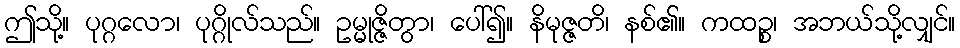
ဤသို့။ ပုဂ္ဂလော၊ ပုဂ္ဂိုလ်သည်။ ဥမ္မုဇ္ဇိတွာ၊ ပေါ်၍။ နိမုဇ္ဇတိ၊ နစ်၏။ ကထဉ္စ၊ အဘယ်သို့လျှင်။